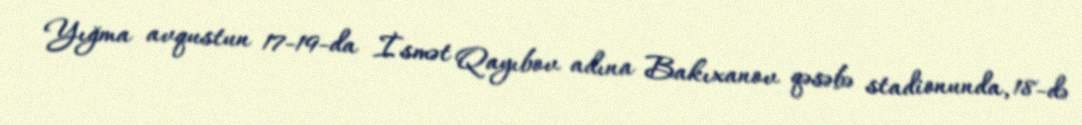
Yığma avqustun 17-19-da İsmət Qayıbov adına Bakıxanov qəsəbə stadionunda, 18-də